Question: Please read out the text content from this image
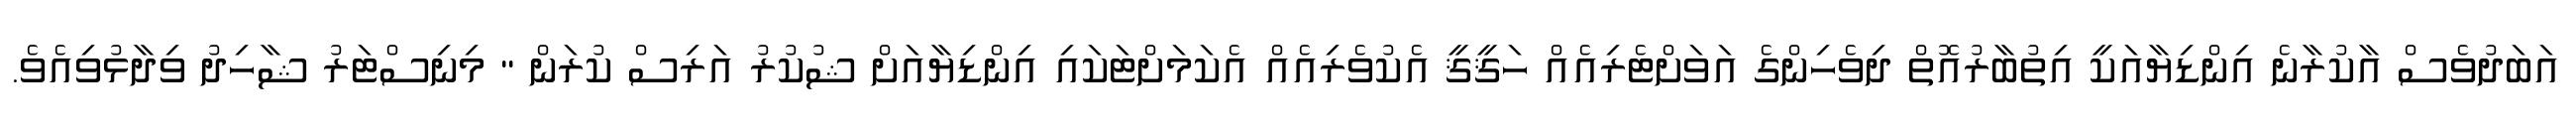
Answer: އަބަދުވެސް އާކުރާނެ އިންޑިޔާއަކީ އިތުބާރުއޮތް ދިވެހިންގެ އަވަށްޓެރިއެއް ހަޤީޤީ އެކުވެރިއެއް އެކަމަށްޓަކައި އިންޑިޔާއަށް ޝުކުރު އަރިސް ކުރަން " މިނިސްޓަރު ޝާހިދު ވިދާޅުވިއެވެ.